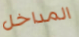
المداخل